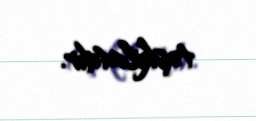
təşkilatdır.